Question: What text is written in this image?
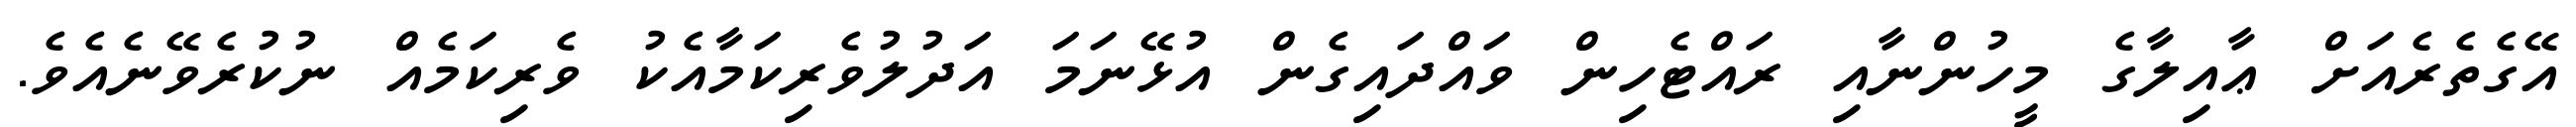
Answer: އޭގެތެރެއަށް ޢާއިލާގެ މީހުންނާއި ރައްޓެހިން ވައްދައިގެން އުޅޭނަމަ އަދުލުވެރިކަމާއެކު ވެރިކަމެއް ނުކުރެވޭނެއެވެ.